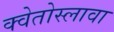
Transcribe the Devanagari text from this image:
क्वेतोस्लावा